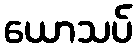
ယောသပ်